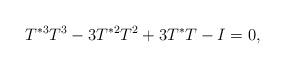
LaTeX: \begin{align*} T^{*3}T^3 -3 T^{*2}T^2 + 3T^*T-I =0,\end{align*}